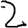
Digit: 2